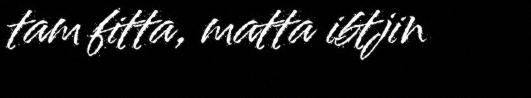
tam fitta, matta ibtjin